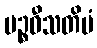
ပဉ္စဝီသတိမံ